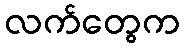
လက်တွေက